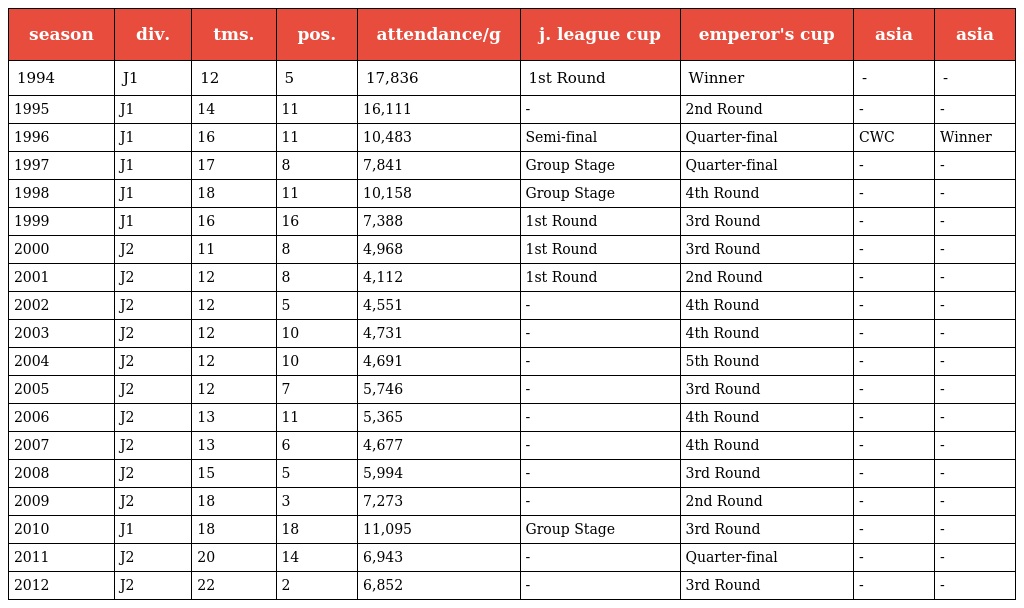
| season | div. | tms. | pos. | attendance/g | j. league cup | emperor's cup | asia | asia |
 | --- | --- | --- | --- | --- | --- | --- | --- | --- |
 | 1994 | J1 | 12 | 5 | 17,836 | 1st Round | Winner | - | - |
 | 1995 | J1 | 14 | 11 | 16,111 | - | 2nd Round | - | - |
 | 1996 | J1 | 16 | 11 | 10,483 | Semi-final | Quarter-final | CWC | Winner |
 | 1997 | J1 | 17 | 8 | 7,841 | Group Stage | Quarter-final | - | - |
 | 1998 | J1 | 18 | 11 | 10,158 | Group Stage | 4th Round | - | - |
 | 1999 | J1 | 16 | 16 | 7,388 | 1st Round | 3rd Round | - | - |
 | 2000 | J2 | 11 | 8 | 4,968 | 1st Round | 3rd Round | - | - |
 | 2001 | J2 | 12 | 8 | 4,112 | 1st Round | 2nd Round | - | - |
 | 2002 | J2 | 12 | 5 | 4,551 | - | 4th Round | - | - |
 | 2003 | J2 | 12 | 10 | 4,731 | - | 4th Round | - | - |
 | 2004 | J2 | 12 | 10 | 4,691 | - | 5th Round | - | - |
 | 2005 | J2 | 12 | 7 | 5,746 | - | 3rd Round | - | - |
 | 2006 | J2 | 13 | 11 | 5,365 | - | 4th Round | - | - |
 | 2007 | J2 | 13 | 6 | 4,677 | - | 4th Round | - | - |
 | 2008 | J2 | 15 | 5 | 5,994 | - | 3rd Round | - | - |
 | 2009 | J2 | 18 | 3 | 7,273 | - | 2nd Round | - | - |
 | 2010 | J1 | 18 | 18 | 11,095 | Group Stage | 3rd Round | - | - |
 | 2011 | J2 | 20 | 14 | 6,943 | - | Quarter-final | - | - |
 | 2012 | J2 | 22 | 2 | 6,852 | - | 3rd Round | - | - |